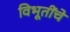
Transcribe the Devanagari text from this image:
विभूतींचे